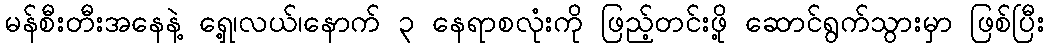
မန်စီးတီးအနေနဲ့ ရှေ့၊လယ်၊နောက် ၃ နေရာစလုံးကို ဖြည့်တင်းဖို့ ဆောင်ရွက်သွားမှာ ဖြစ်ပြီး